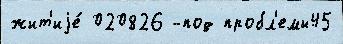
жит'иjе́ 020826 -под пробл'емы45